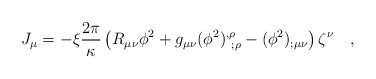
\begin{align*}J_\mu=-\xi {2\pi \over \kappa}\left(R_{\mu\nu}\phi^2+g_{\mu\nu}(\phi^2)^{,\rho}_{~;\rho}-(\phi^2)_{;\mu\nu}\right)\zeta^\nu~~~,\end{align*}